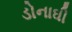
ડોનાઘી